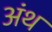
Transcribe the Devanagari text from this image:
अंथ